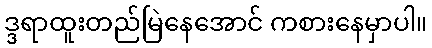
ဒ္ဒရာထူးတည်မြဲနေအောင် ကစားနေမှာပါ။